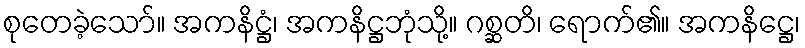
စုတေခဲ့သော်။ အကနိဋ္ဌံ၊ အကနိဋ္ဌဘုံသို့။ ဂစ္ဆတိ၊ ရောက်၏။ အကနိဋ္ဌေ၊